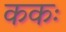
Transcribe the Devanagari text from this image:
ककः